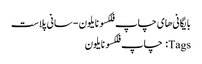
بایگانی‌های چاپ فلکسو نایلون - سانی پلاست
Tags: چاپ فلکسو نایلون